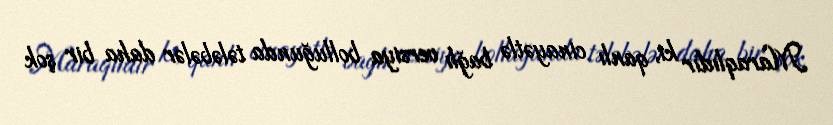
Maraqlıdır ki, qanlı cinayətlə bağlı versiya bolluğunda tələbələr daha bir şok